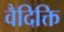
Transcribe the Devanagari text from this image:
वैदिक्ति